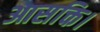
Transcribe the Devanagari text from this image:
आसक्ति।